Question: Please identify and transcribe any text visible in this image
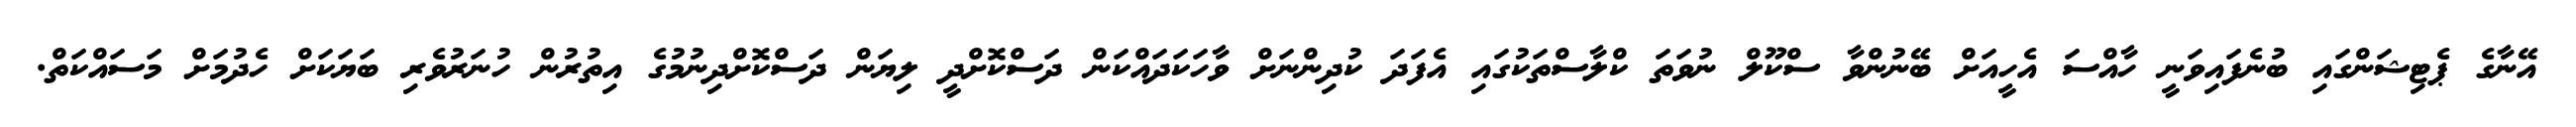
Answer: އޭނާގެ ޕެޓިޝަންގައި ބުނެފައިވަނީ ހާއްސަ އެހީއަށް ބޭނުންވާ ސްކޫލް ނުވަތަ ކްލާސްތަކުގައި އެފަދަ ކުދިންނަށް ވާހަކަދައްކަން ދަސްކޮށްދީ ލިޔަން ދަސްކޮށްދިނުމުގެ އިތުރުން ހުނަރުވެރި ބަޔަކަށް ހެދުމަށް މަސައްކަތް.